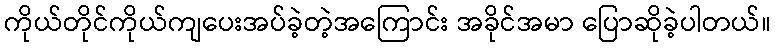
ကိုယ်တိုင်ကိုယ်ကျပေးအပ်ခဲ့တဲ့အကြောင်း အခိုင်အမာ ပြောဆိုခဲ့ပါတယ်။